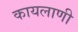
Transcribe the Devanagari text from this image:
कायलाणी